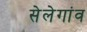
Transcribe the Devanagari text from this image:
सेलेगांव